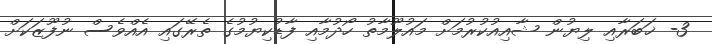
3- ޚަބަރާއި ލިޔުން ޝާއިއުކުރުމަށް މައުލޫމާތު ހޯދުމާއި ފާޑުކިޔުމުގެ ތެރޭގައި އެއްވެސް ނުފޫޒަކަށް